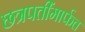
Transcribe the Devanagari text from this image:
छत्रपतींमार्फत